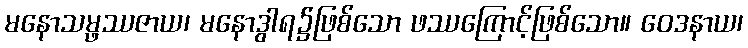
မနောသမ္ဖဿဇာယ၊ မနောဒွါရ၌ဖြစ်သော ဖဿကြောင့်ဖြစ်သော။ ဝေဒနာယ၊